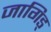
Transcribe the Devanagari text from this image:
जागिड्